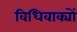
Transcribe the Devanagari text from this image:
विधिवाक्यों